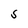
Character: S